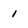
Character: 1